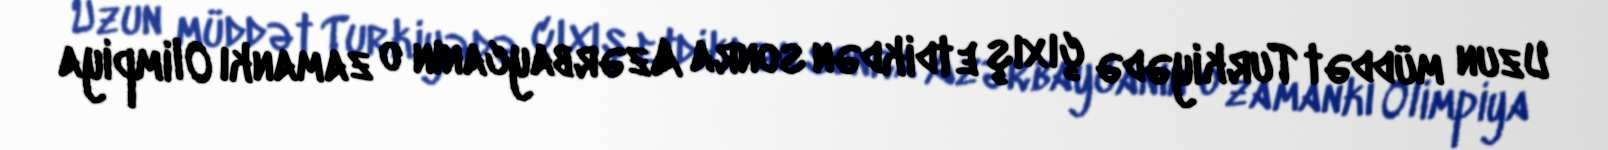
Uzun müddət Turkiyədə çıxış etdikdən sonra Azərbaycanın o zamankı Olimpiya